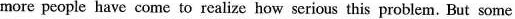
more people have come to realize how serious this problem. But some